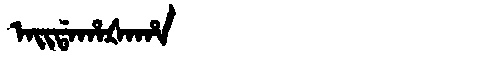
Manchu: ᠠᡳᡩᠠᡥᠠᡧᠠᡥᠠ
Romanization: AIDAHAŠAHA